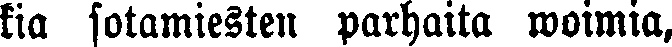
kia sotamiesten parhaita woimia,